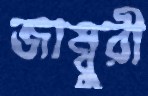
জাম্বুরী